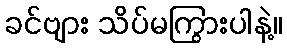
ခင်ဗျား သိပ်မကြွားပါနဲ့။